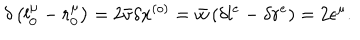
\delta \left( l _ { 0 } ^ { \mu } - r _ { 0 } ^ { \mu } \right) = 2 \bar { v } \delta x ^ { \left( o \right) } = \bar { w } \left( \delta l ^ { e } - \delta r ^ { e } \right) = 2 \epsilon ^ { \mu } .